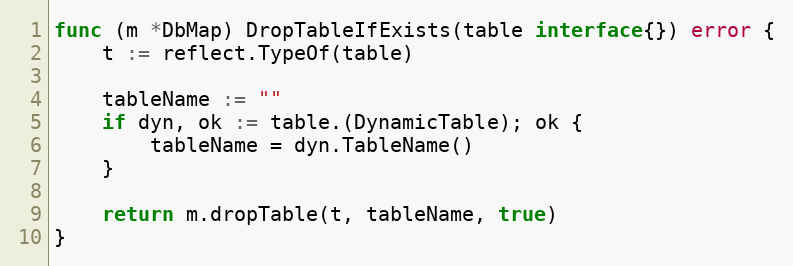
Language: Go
func (m *DbMap) DropTableIfExists(table interface{}) error {
	t := reflect.TypeOf(table)

	tableName := ""
	if dyn, ok := table.(DynamicTable); ok {
		tableName = dyn.TableName()
	}

	return m.dropTable(t, tableName, true)
}